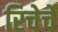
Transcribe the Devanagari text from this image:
रिचेर्चे